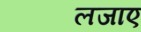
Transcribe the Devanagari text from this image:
लजाए